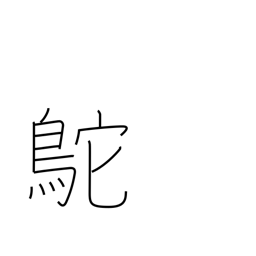
Meaning: Chinese ostrich